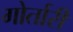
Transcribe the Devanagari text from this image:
गोर्तारी